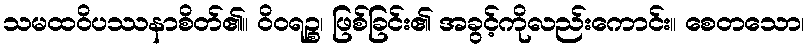
သမထဝိပဿနာစိတ်၏။ ဝိဝရဉ္စ၊ ဖြစ်ခြင်း၏ အခွင့်ကိုလည်းကောင်း။ စေတသော၊